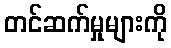
တင်ဆက်မှုများကို